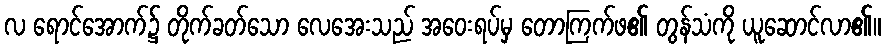
လ ရောင်အောက်၌ တိုက်ခတ်သော လေအေးသည် အဝေးရပ်မှ တောကြက်ဖ၏ တွန်သံကို ယူဆောင်လာ၏။